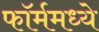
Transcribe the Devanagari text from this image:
फॉर्ममध्‍ये